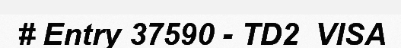
# Entry 37590 - TD2_VISA